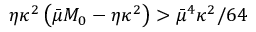
\eta \kappa ^ { 2 } \left( \bar { \mu } M _ { 0 } - \eta \kappa ^ { 2 } \right) > { \bar { \mu } ^ { 4 } \kappa ^ { 2 } } / { 6 4 }